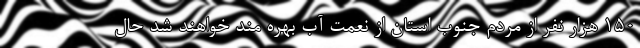
150 هزار نفر از مردم جنوب استان از نعمت آب بهره مند خواهند شد حال